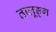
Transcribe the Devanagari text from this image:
तालूङ्ग